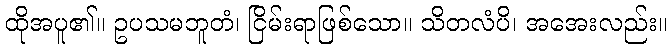
ထိုအပူ၏။ ဥပသမဘူတံ၊ ငြိမ်းရာဖြစ်သော။ သိတလံပိ၊ အအေးလည်း။